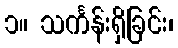
၁။ သင်္ကန်းရှိခြင်း၊